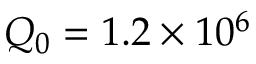
Q _ { 0 } = 1 . 2 \times 1 0 ^ { 6 }